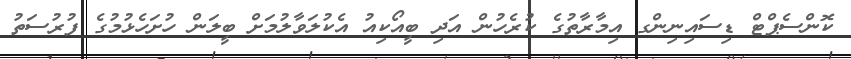
ކޮންސެޕްޓް ޑިސައިނިންގ އިމާރާތުގެ ކުރެހުން އަދި ބީއޯކިއު އެކުލަވާލުމަށް ބީލަން ހުށަހެޅުމުގެ ފުރުސަތު